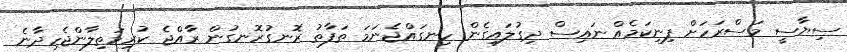
ސިޔާސީ މަސްރަހަށް ފިނިކަމެއް ނައިސް ދިގުލައިގެން ހިނގައްޖެނަމަ ތަފާތު ރޮނގުރޮނގުން ރާއްޖެ ކުރިމަތިލާންޖެހިދާނެ